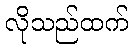
လိုသည်ထက်